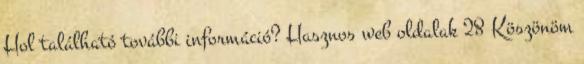
Hol található további információ? Hasznos web oldalak 28 Köszönöm